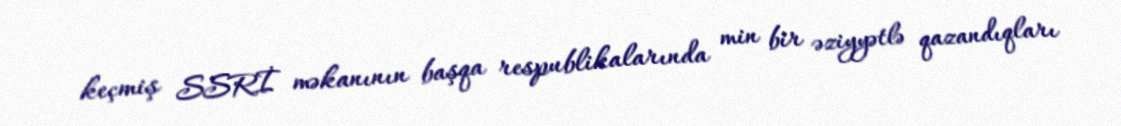
keçmiş SSRİ məkanının başqa respublikalarında min bir əziyyətlə qazandıqları